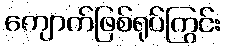
ကျောက်ဖြစ်ရုပ်ကြွင်း